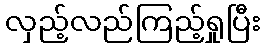
လှည့်လည်ကြည့်ရှုပြီး